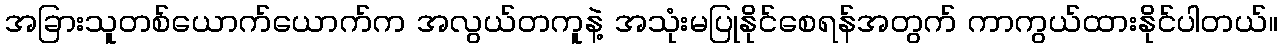
အခြားသူတစ်ယောက်ယောက်က အလွယ်တကူနဲ့ အသုံးမပြုနိုင်စေရန်အတွက် ကာကွယ်ထားနိုင်ပါတယ်။